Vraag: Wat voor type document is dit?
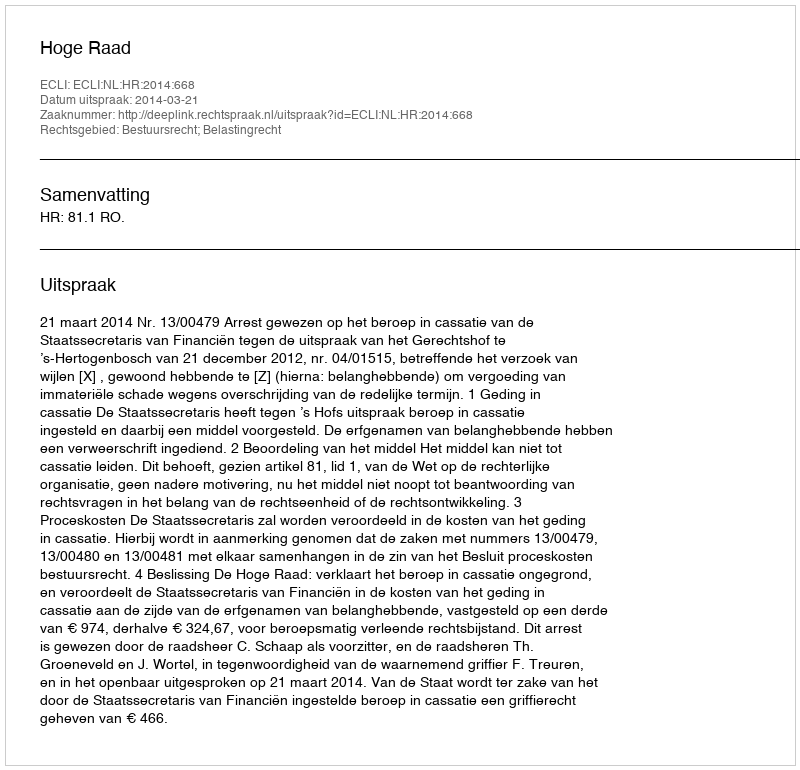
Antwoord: Uitspraak